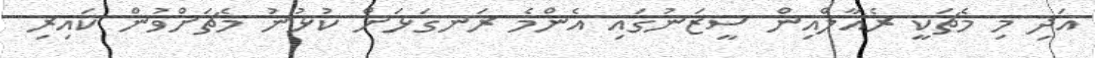
އަދި މި މެޗަކީ ރެއާލްއިން ސީޒަނުގައި އެންމެ ރަނގަޅަށް ކުޅުނު މެޗަށްވުން ކައިރި